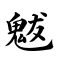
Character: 魃